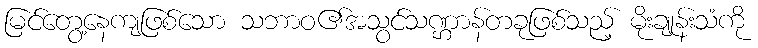
မြင်တွေ့နေကျဖြစ်သော သဘာဝ၏အသွင်သဏ္ဌာန်တခုဖြစ်သည့် မိုးချုန်းသံကို